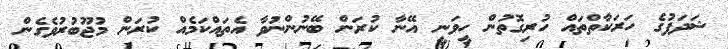
ޝަދަފުގެ ހަރަކާތްތައް ހުރިގޮތުން ހީވަނީ އޭނާ ކުރަން ބޭނުންނުވާ އެތައްކަމެއް ކުރަން މުޖޫބުރުވެގެން